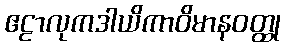
ဧဠာလုကဒါယိကာဝိမာနဝတ္ထု